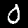
Label: 0